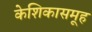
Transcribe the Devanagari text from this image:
केशिकासमूह